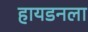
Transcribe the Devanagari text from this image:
हायडनला